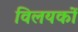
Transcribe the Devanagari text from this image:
विलयकों